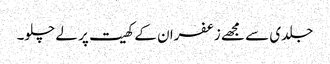
جلدی سے مجھے زعفران کے کھیت پر لے چلو۔